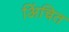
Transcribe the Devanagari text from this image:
अिंचित